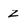
Character: z